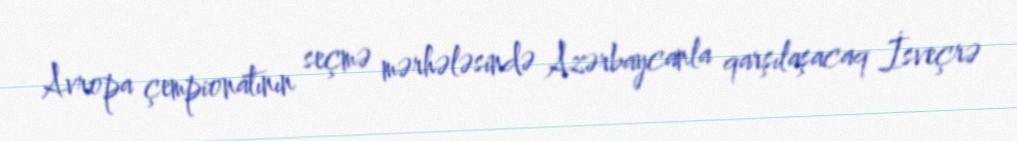
Avropa çempionatının seçmə mərhələsində Azərbaycanla qarşılaşacaq İsveçrə